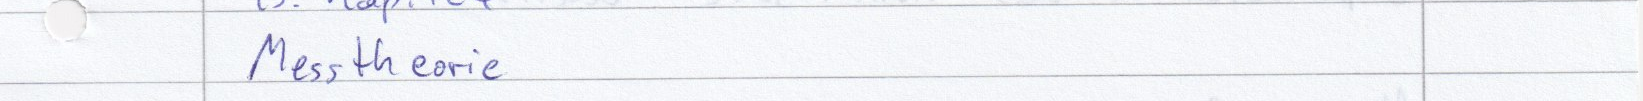
Messtheorie